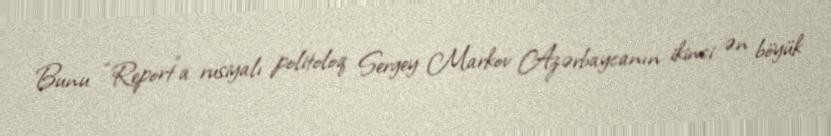
Bunu “Report”a rusiyalı politoloq Sergey Markov Azərbaycanın ikinci ən böyük